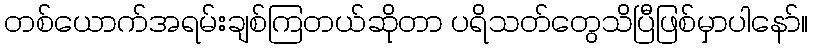
တစ်ယောက်အရမ်းချစ်ကြတယ်ဆိုတာ ပရိသတ်တွေသိပြီဖြစ်မှာပါနော်။